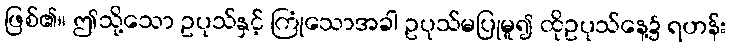
ဖြစ်၏။ ဤသို့သော ဥပုသ်နှင့် ကြုံသောအခါ ဥပုသ်မပြုမူ၍ ထိုဥပုသ်နေ့၌ ရဟန်း